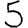
Digit: 5